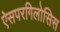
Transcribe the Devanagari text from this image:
ऐसपरगिलोसिस